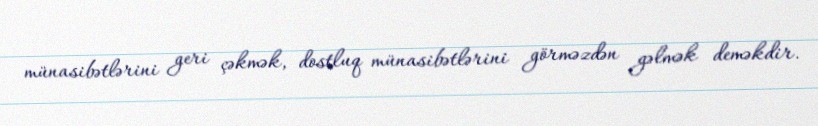
münasibətlərini geri çəkmək, dostluq münasibətlərini görməzdən gəlmək deməkdir.